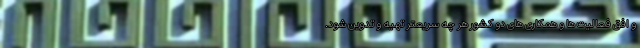
و افق فعالیت ها و همکاری های دو کشور هر چه سریعتر تهیه و تدوین شود.